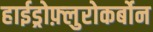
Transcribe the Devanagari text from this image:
हाईड्रोफ़्लुरोकर्बोन